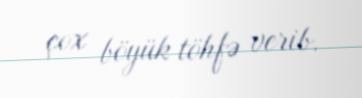
çox böyük töhfə verib.